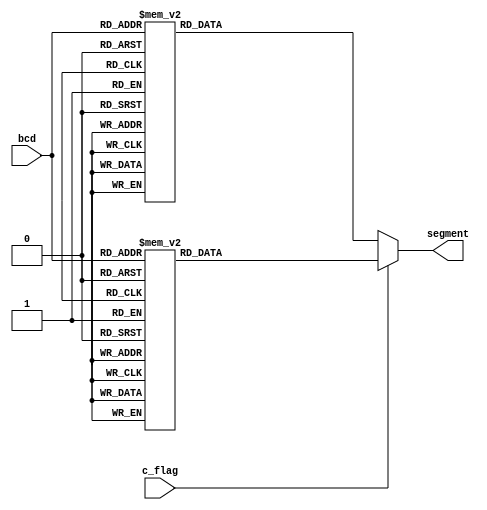
/*    bcd_7segment.v      */

// bcd   7segment    
module bcd_7segment(bcd,segment,c_flag);
// bcd segment      

input [3:0] bcd; // 4     (A, B, C, D)
input c_flag; 
output reg [6:0] segment; // 7    
//    reg  (a, b, c, d, e, f, g)

always @(bcd, c_flag)
// t=0 bcd       
begin 
	if(!c_flag)
	begin
		case(bcd) // bcd  segment  
	
			4'd0 : segment = ~7'b011_111_1; // 0 
			4'd1 : segment = ~7'b000_011_0; // 1 
			4'd2 : segment = ~7'b101_101_1; // 2 
			4'd3 : segment = ~7'b100_111_1; // 3 
			4'd4 : segment = ~7'b110_011_0; // 4 
			4'd5 : segment = ~7'b110_110_1; // 5 
			4'd6 : segment = ~7'b111_110_1; // 6 
			4'd7 : segment = ~7'b010_011_1; // 7 
			4'd8 : segment = ~7'b111_111_1; // 8 
			4'd9 : segment = ~7'b110_111_1; // 9 
		
			default : segment = ~7'b100_000_0; //   - 
			//      
		endcase 		
	end
	else
	begin
		case(bcd) // bcd  segment  
	
			4'd0 : segment = ~7'b000_000_0; // none 
			4'd1 : segment = ~7'b000_011_0; // I 
			4'd2 : segment = ~7'b101_111_0; // d 
			4'd3 : segment = ~7'b011_000_0; // l 
			4'd4 : segment = ~7'b111_100_1; // E 
			4'd5 : segment = ~7'b101_110_0; // o 
			4'd6 : segment = ~7'b101_010_0; // n 
			4'd7 : segment = ~7'b101_000_0; // r 
			4'd8 : segment = ~7'b001_110_0; // u 
			4'd9 : segment = ~7'b011_111_1; // O 
			4'd10: segment = ~7'b111_000_1; // F 			
		
			default : segment = ~7'b100_000_0; //   - 
			//      
		endcase 		
	end 
end

endmodule //bcd to 7segment